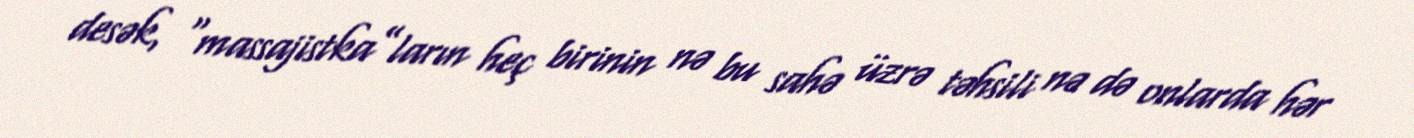
desək, “massajistka”ların heç birinin nə bu sahə üzrə təhsili nə də onlarda hər